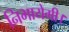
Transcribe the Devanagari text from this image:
निभायेगी।